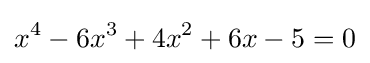
x^{4}-6x^{3}+4x^{2}+6x-5=0